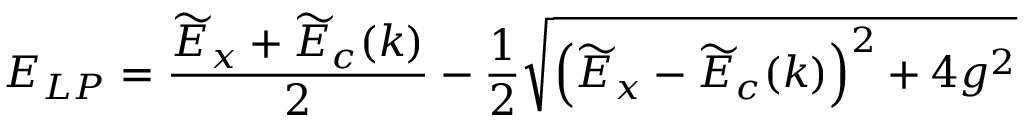
E _ { L P } = \frac { \widetilde { E } _ { x } + \widetilde { E } _ { c } ( k ) } { 2 } - \frac { 1 } { 2 } \sqrt { \left( \widetilde { E } _ { x } - \widetilde { E } _ { c } ( k ) \right) ^ { 2 } + 4 g ^ { 2 } }